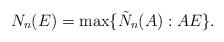
LaTeX: \begin{align*} N_n(E) = \max\{\tilde N_n(A): A E \}. \end{align*}